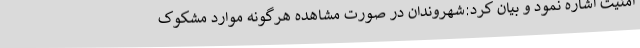
امنیت اشاره نمود و بیان کرد:شهروندان در صورت مشاهده هرگونه موارد مشکوک